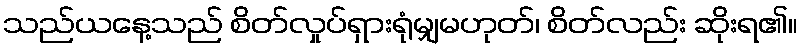
သည်ယနေ့သည် စိတ်လှုပ်ရှားရုံမျှမဟုတ်၊ စိတ်လည်း ဆိုးရ၏။